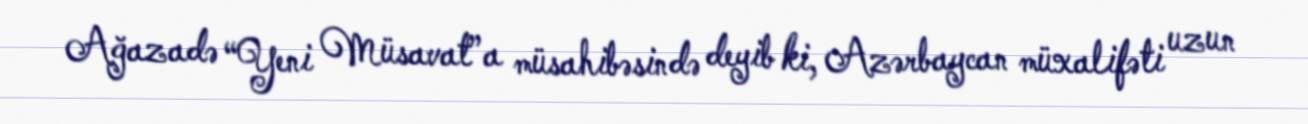
Ağazadə “Yeni Müsavat”a müsahibəsində deyib ki, Azərbaycan müxalifəti uzun